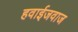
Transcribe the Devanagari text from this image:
हवाईजवाज